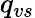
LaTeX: q_{vs}